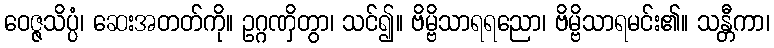
ဝေဇ္ဇသိပ္ပံ၊ ဆေးအတတ်ကို။ ဥဂ္ဂဏှိတွာ၊ သင်၍။ ဗိမ္ဗိသာရရညော၊ ဗိမ္ဗိသာရမင်း၏။ သန္တီကာ၊